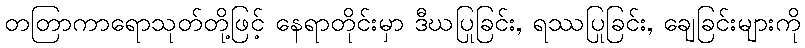
တတြာကာရောသုတ်တို့ဖြင့် နေရာတိုင်းမှာ ဒီဃပြုခြင်း, ရဿပြုခြင်း, ချေခြင်းများကို